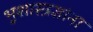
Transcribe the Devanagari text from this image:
भूशास्त्रज्ञांना